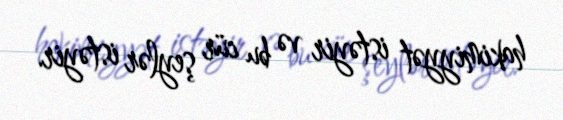
hakimiyyət istəyir və bu cür şeylər istəyir.